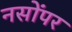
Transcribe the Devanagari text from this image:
नसोंपर